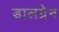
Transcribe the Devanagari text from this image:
डालग्रेन